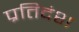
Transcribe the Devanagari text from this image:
प्रतिदंश